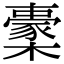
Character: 㯻